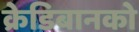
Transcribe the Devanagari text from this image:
क्रेडिबानको